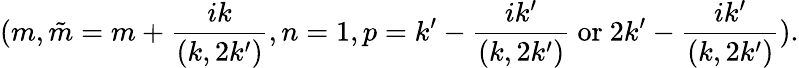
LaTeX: (m,\tilde{m}=m+\frac{ik}{(k,2k^{\prime})},n=1,p=k^{\prime}-\frac{ik^{\prime}}{(k,2k^{\prime})}\mathrm{~or~}2k^{\prime}-\frac{ik^{\prime}}{(k,2k^{\prime})}).